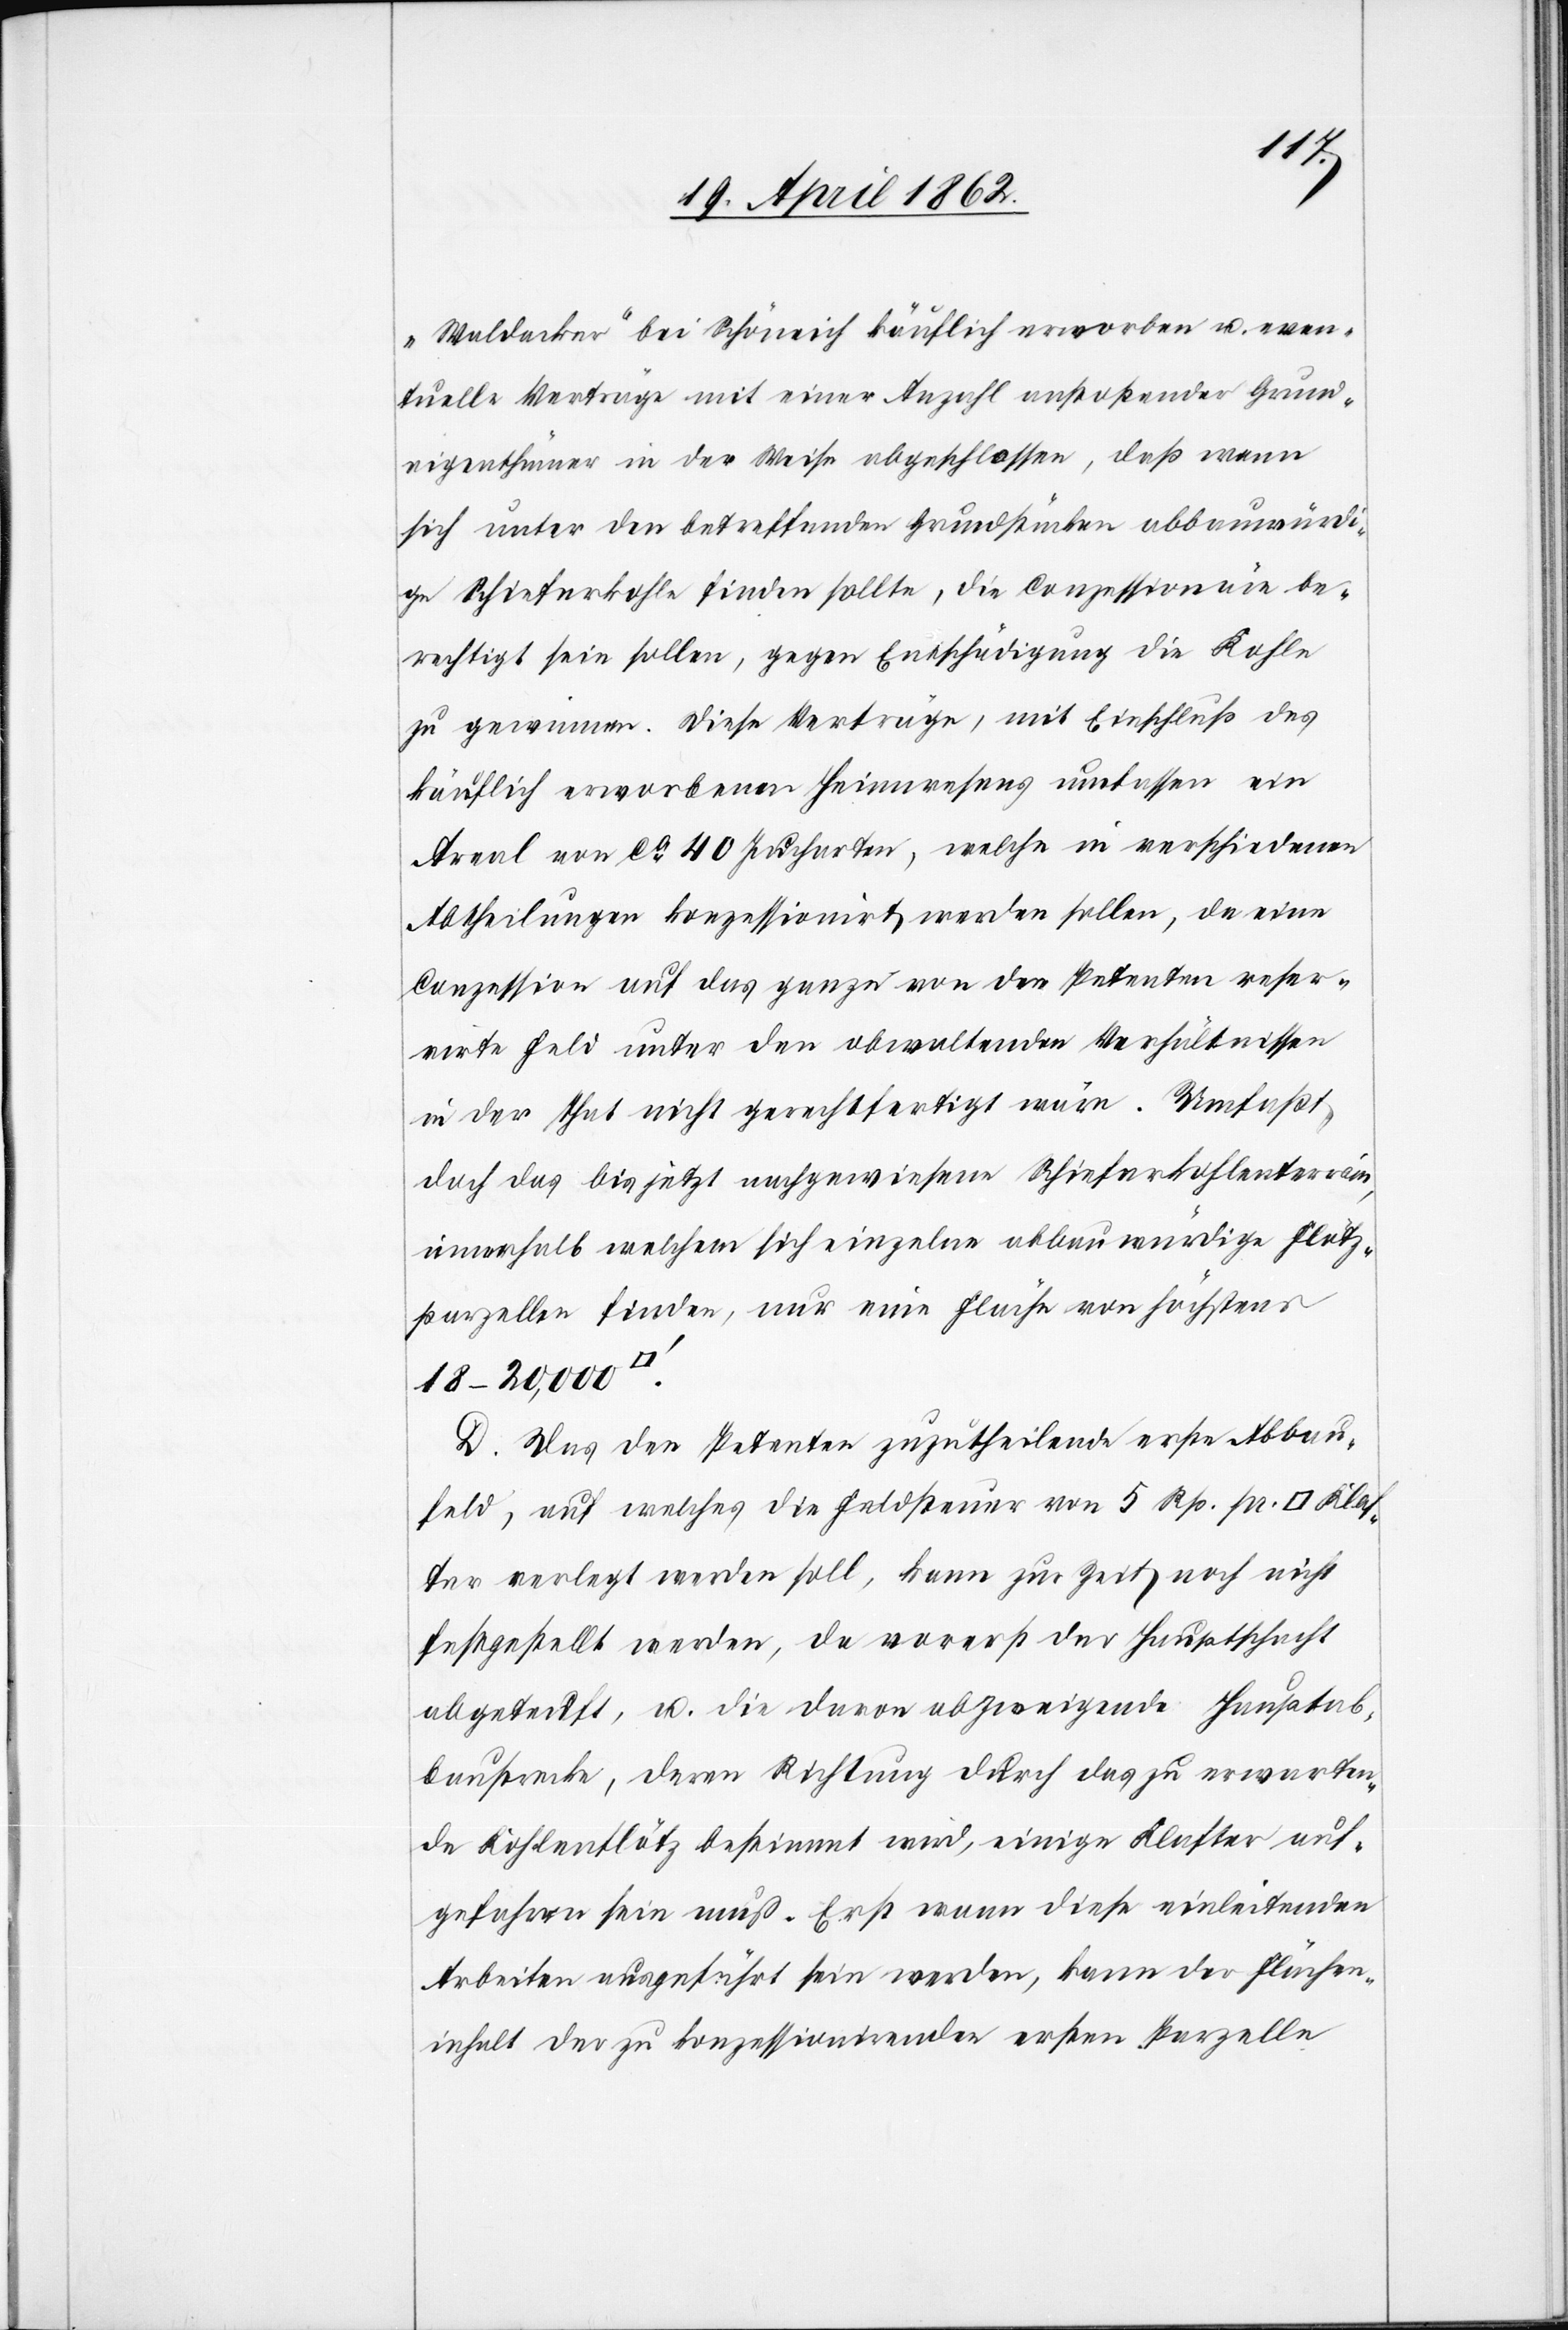
Klaf¬
„Waldacker“ bei Schöneich käuflich erworben u. even¬
tuelle Verträge mit einer Anzahl anstoßender Grund¬
eigenthümer in der Weise abgeschlossen, daß wenn
sich unter den betreffenden Grundstücken abbauwürdi¬
ge Schieferkohle finden sollte, die Conzessionäre be¬
rechtigt sein sollen, gegen Entschädigung die Kohle
zu gewinnen. Diese Verträge, mit Einschluß des
käuflich erworbenen Heimwesens umfassen ein
Areal von ca. 40 Jucharten, welche in verschiedenen
Abtheilungen konzessionirt werden sollen, da eine
Conzession auf das ganze von den Petenten reser¬
virte Feld unter den obwaltenden Verhältnissen
in der That nicht gerechtfertigt wäre. Umfaßt
doch das bis jetzt nachgewiesene Schieferkohlenterrain,
innerhalb welchem sich einzelne abbauwürdige Flötz¬
parzellen finden, nur eine Fläche von höchstens
18–20,000
D. Das den Petenten zuzutheilende erste Abbau¬
feld, auf welches die Feldsteuer von 5 Rp. pr.
ter verlegt werden soll, kann zur Zeit noch nicht
festgestellt werden, da vorerst der Hauptschacht
abgeteuft, u. die davon abzweigende Hauptab¬
baustrecke, deren Richtung durch das zu erwarten¬
de Kohlenflätz bestimmt wird, einige Klafter auf¬
gefahren sein muß. Erst wenn diese einleitenden
Arbeiten ausgeführt sein werden, kann der Flächen¬
inhalt der zu konzessionirenden ersten Parzelle